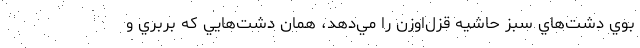
بوي دشت‌هاي سبز حاشيه قزل‌اوزن را مي‌دهد، همان دشت‌هايي كه بربري و